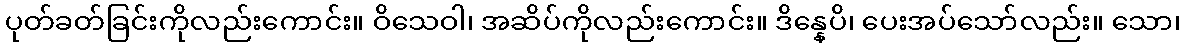
ပုတ်ခတ်ခြင်းကိုလည်းကောင်း။ ဝိသေဝါ၊ အဆိပ်ကိုလည်းကောင်း။ ဒိန္နေပိ၊ ပေးအပ်သော်လည်း။ သော၊